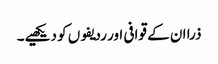
ذرا ان کے قوافی اور ردیفوں کو دیکھیے۔